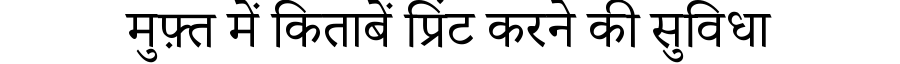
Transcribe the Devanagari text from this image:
मुफ़्त में किताबें प्रिंट करने की सुविधा